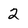
Character: 2